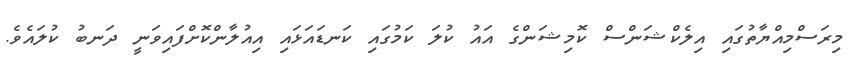
މިރަސްމިއްޔާތުގައި އިލެކްޝަންސް ކޮމިޝަންގެ އައު ކުލަ ކަމުގައި ކަނޑައަޅައި އިއުލާންކޮށްފައިވަނީ ދަނބު ކުލައެވެ.